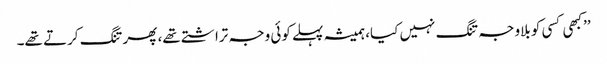
’’کبھی کسی کو بلاوجہ تنگ نہیں کیا، ہمیشہ پہلے کوئی وجہ تراشتے تھے، پھر تنگ کرتے تھے۔